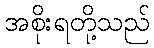
အစိုးရတို့သည်